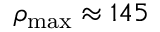
\rho _ { \mathrm { m a x } } \approx 1 4 5